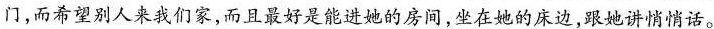
门，而希望别人来我们家，而且最好是能进她的房间，坐在她的床边，跟她讲悄悄话。